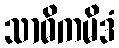
သာဓိကမိဒံ